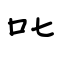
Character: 叱